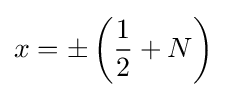
x=\pm \left({\frac {1}{2}}+N\right)